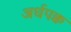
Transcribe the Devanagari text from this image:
अर्धपक्व